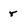
Character: r